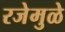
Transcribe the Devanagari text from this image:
रजेमुळे